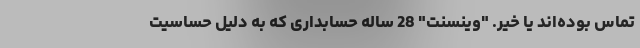
تماس بوده‌اند یا خیر. "وینسنت" 28 ساله حسابداری که به دلیل حساسیت